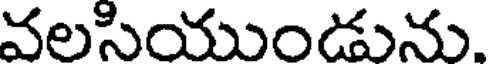
వలసియుండును.